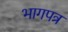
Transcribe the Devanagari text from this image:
भागपत्र